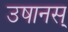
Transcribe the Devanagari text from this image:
उषानस्‌